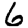
Digit: 6